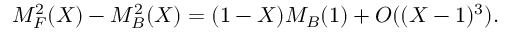
M _ { F } ^ { 2 } ( X ) - M _ { B } ^ { 2 } ( X ) = ( 1 - X ) M _ { B } ( 1 ) + O ( ( X - 1 ) ^ { 3 } ) .